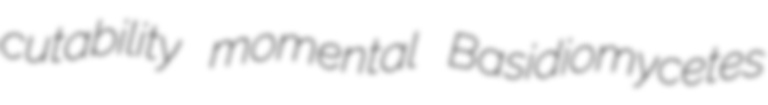
cutability momental Basidiomycetes